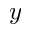
y